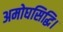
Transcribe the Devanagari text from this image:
अमोघसिद्धि।